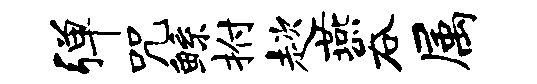
弹咒鲧拊趑燕吞属